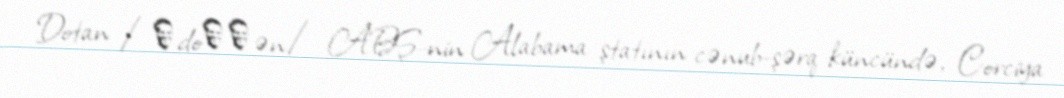
Dotan /ˈdoʊθən/ ABŞ-nin Alabama ştatının cənub-şərq küncündə, Corciya